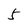
Character: 5